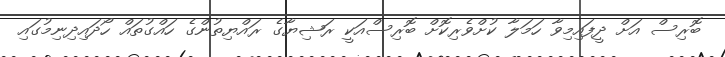
ބޮރިސް އަށް ދީފައިމިވާ ހަމަލާ ކުށްވެރިކޮށް ބޮރިސްއަކީ ރަޝިޔާގެ ރައްޔިތުންގެ ހައްގުތައް ހޯދައިދިނިމުގައި